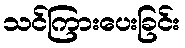
သင်ကြားပေးခြင်း